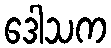
ဒေါသက